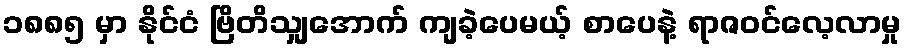
၁၈၈၅ မှာ နိုင်ငံ ဗြိတိသျှအောက် ကျခဲ့ပေမယ့် စာပေနဲ့ ရာဇဝင်လေ့လာမှု